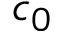
c _ { 0 }